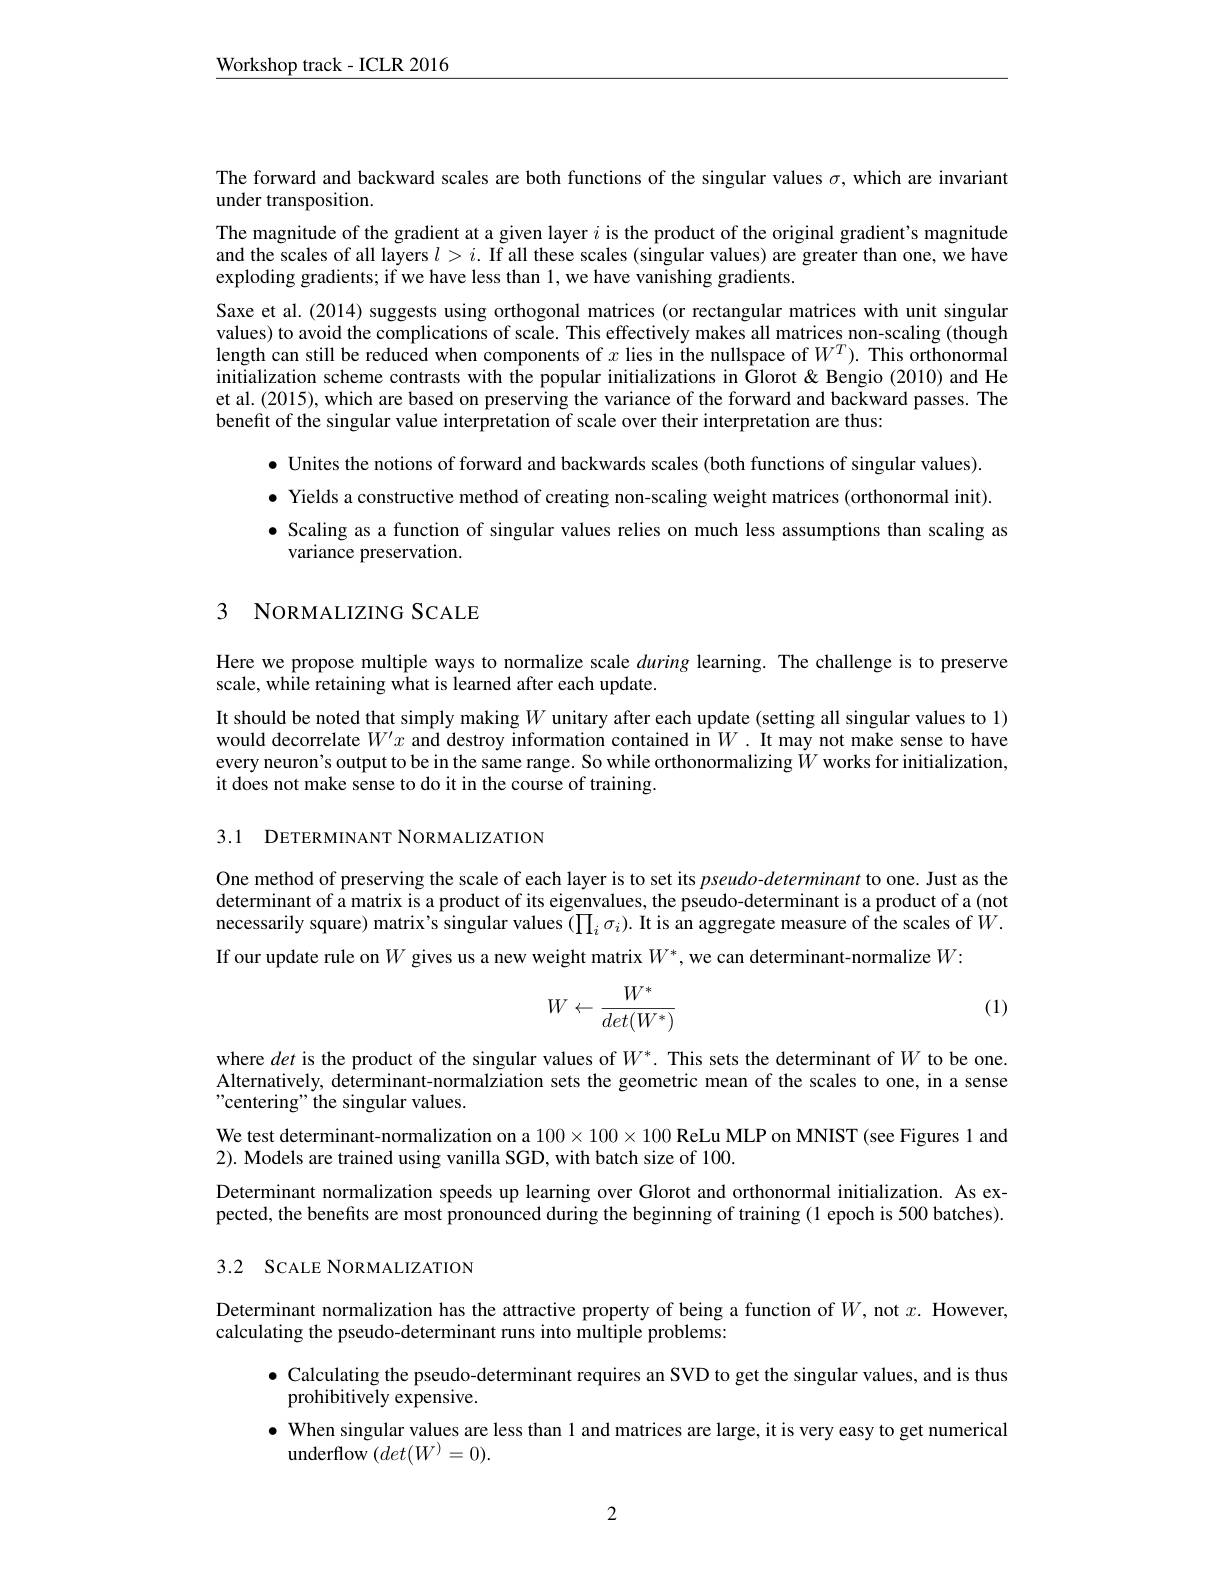
$\underline{\mathrm{Workshop~track-ICLR~2016}}$

The forward and backward scales are both functions of the singular values $\sigma$, which are invariant
under transposition.
The magnitude of the gradient at at a given layer $i$ is the product of the original gradient's magnitude and the scales of all layers $l>i.$ If all these scales (singular values) are greater than one, we have exploding gradients; if we have less than 1, we have vanishing gradients.
Saxe et al. (2014) suggests using orthogonal matrices (or rectangular matrices with unit singular values) to avoid the complications of scale. This effectively makes all matrices non-scaling (though length can still be reduced when components of $x$ lies in the nullspace of $W^T).$ This orthonormal initialization scheme contrasts with the popular initializations in Glorot & Bengio (2010) and He et al.(2015), which are based on preserving the variance of the forward and backward passes. The benefit of the singular value interpretation of scale over their interpretation are thus:
$\bullet$ Unites the notions of forward and backwards scales (both functions of singular values). $\bullet$ Yields a constructive method of creating non-scaling weight matrices (orthonormal init). $\bullet$ Scaling as a function of singular values relies on much less assumptions than scaling as
variance preservation.

## 3 NORMALIZING SCALE

Here we propose multiple ways to normalize scale during learning. The challenge is to preserve
scale, while retaining what is learned after each update.

It should be noted that simply making $W$ unitary after each update (setting all singular values to 1) would decorrelate $W^\prime x$ and destroy information contained in $W.$ It may not make sense to have every neuron's output to be in the same range. So while orthonormalizing $W$ works for initialization, it does not make sense to do it in the course of training.

3.1 DETERMINANT NORMALIZATION

One method of preserving the scale of each layer is to set its pseudodeterminant to one. Just as the determinant of a matrix is a product of its eigenvalues, the pseudo-determinant is a product of a (not necessarily square) matrix's singular values $(\prod_i\sigma_i).$ It is an aggregate measure of f the scales of $W.$ If our update rule on $W$ gives us a new weight matrix $W^*$, we can determinant-normalize $W:$
$$W\leftarrow\frac{W^*}{det(W^*)}$$
(1)

where det is the product of the singular values of $W^*.$ This sets the determinant of $W$ to be one. Alternatively, determinant-normalziation sets the geometric mean of the scales to one, in a sense "centering" the singular values.
We test determinant-normalization on a $100\times100\times100$ ReLu MLP on MNIST (see Figures 1 and
2). Models are trained using vanilla SGD, with batch size of 100.
Determinant normalization speeds up learning over Glorot and orthonormal initialization. As expected, the benefits are most pronounced during the beginning of training (1 epoch is 500 batches). 3.2 SCALE NORMALIZATION

Determinant normalization has the attractive property of being a function of $W$, not $x.$ However,
calculating the pseudo-determinant runs into multiple problems:

$\bullet$ Calculating the pseudo-determinant requires an SVD to get the singular values, and is thus
prohibitively expensive.
$\bullet$ When singular values are less than 1 and matrices are large, it is very easy to get numerical
underflow $(det(W^{)}=0).$

2